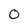
Character: 0